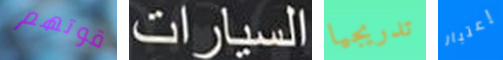
قوتهم السيارات تدريجيا إعتبار